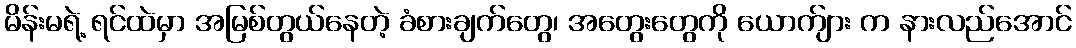
မိန်းမရဲ့ ရင်ထဲမှာ အမြစ်တွယ်နေတဲ့ ခံစားချက်တွေ၊ အတွေးတွေကို ယောက်ျား က နားလည်အောင်